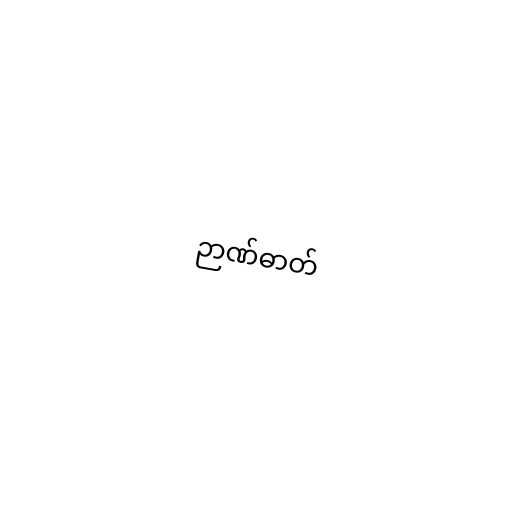
ဉာဏ်ဓာတ်